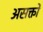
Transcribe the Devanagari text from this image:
असक्तों